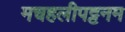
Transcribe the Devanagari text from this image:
मचहलीपट्टनम